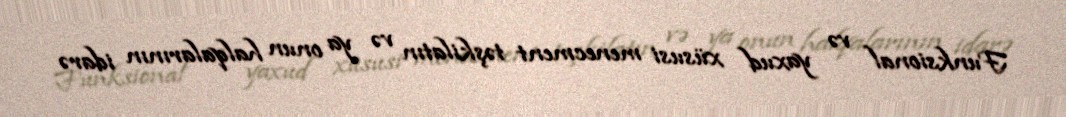
Funksional və yaxud xüsusi menecment təşkilatın və ya onun halqalarının idarə